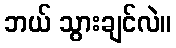
ဘယ် သွားချင်လဲ။